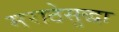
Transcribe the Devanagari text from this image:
मराठेसुद्धा